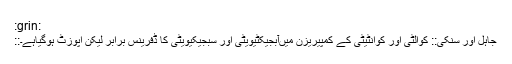
:grin:
::جاہل اور سنکی:: کوالٹی اور کوانٹیٹی کے کمپیریزن میں‌آبجیکٹیویٹی اور سبجیکیویٹی کا ڈفرینس برابر لیکن اپوزٹ ہوگیاہے۔